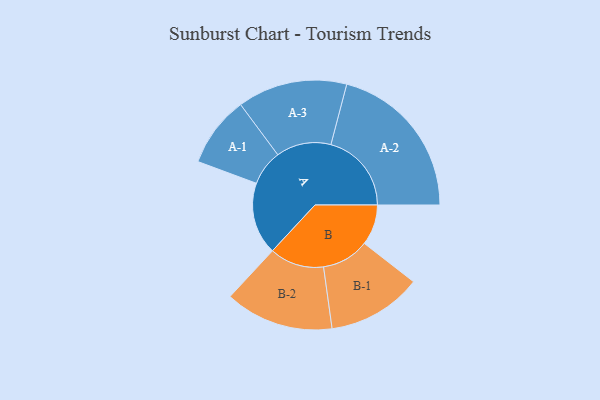
{"axis": {"x": "Segment", "y": "Value"}, "legend": ["", "A", "B"], "data": [{"x": "A", "y": 267, "type": ""}, {"x": "B", "y": 150, "type": ""}, {"x": "A-1", "y": 131, "type": "A"}, {"x": "A-2", "y": 298, "type": "A"}, {"x": "A-3", "y": 203, "type": "A"}, {"x": "B-1", "y": 175, "type": "B"}, {"x": "B-2", "y": 201, "type": "B"}]}